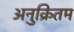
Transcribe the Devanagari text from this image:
अनुक्रितम